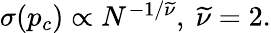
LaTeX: \begin{array}{r}{\sigma(p_{c})\propto N^{-1/\widetilde\nu},~\widetilde\nu=2.}\end{array}